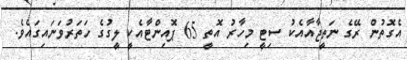
އެގޮތުން ރޭގެ ނަތީޖާއާއެކު ސިޓީ މިހާރު އޮތީ 65 ޕޮއިންޓާއެކީ ލީގުގެ ހަތަރުވަނައިގައެވެ.